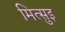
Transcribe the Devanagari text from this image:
मित्सुइ